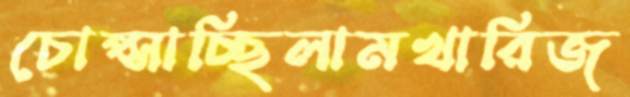
চোপ্‌সাচ্ছিলামখারিজ